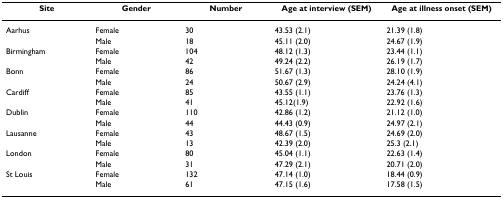
<table><thead><tr><td><b>Site</b></td><td><b>Gender</b></td><td><b>Number</b></td><td><b>Age at interview (SEM)</b></td><td><b>Age at illness onset (SEM)</b></td></tr></thead><tbody><tr><td>Aarhus</td><td>Female</td><td>30</td><td>43.53 (2.1)</td><td>21.39 (1.8)</td></tr><tr><td></td><td>Male</td><td>18</td><td>45.11 (2.0)</td><td>24.67 (1.9)</td></tr><tr><td>Birmingham</td><td>Female</td><td>104</td><td>48.12 (1.3)</td><td>23.44 (1.1)</td></tr><tr><td></td><td>Male</td><td>42</td><td>49.24 (2.2)</td><td>26.19 (1.7)</td></tr><tr><td>Bonn</td><td>Female</td><td>86</td><td>51.67 (1.3)</td><td>28.10 (1.9)</td></tr><tr><td></td><td>Male</td><td>24</td><td>50.67 (2.9)</td><td>24.24 (4.1)</td></tr><tr><td>Cardiff</td><td>Female</td><td>85</td><td>43.55 (1.1)</td><td>23.76 (1.3)</td></tr><tr><td></td><td>Male</td><td>41</td><td>45.12(1.9)</td><td>22.92 (1.6)</td></tr><tr><td>Dublin</td><td>Female</td><td>110</td><td>42.86 (1.2)</td><td>21.12 (1.0)</td></tr><tr><td></td><td>Male</td><td>44</td><td>44.43 (0.9)</td><td>24.97 (2.1)</td></tr><tr><td>Lausanne</td><td>Female</td><td>43</td><td>48.67 (1.5)</td><td>24.69 (2.0)</td></tr><tr><td></td><td>Male</td><td>13</td><td>42.39 (2.0)</td><td>25.3 (2.1)</td></tr><tr><td>London</td><td>Female</td><td>80</td><td>45.04 (1.1)</td><td>22.63 (1.4)</td></tr><tr><td></td><td>Male</td><td>31</td><td>47.29 (2.1)</td><td>20.71 (2.0)</td></tr><tr><td>St Louis</td><td>Female</td><td>132</td><td>47.14 (1.0)</td><td>18.44 (0.9)</td></tr><tr><td></td><td>Male</td><td>61</td><td>47.15 (1.6)</td><td>17.58 (1.5)</td></tr></tbody></table>